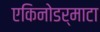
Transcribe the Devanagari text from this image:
एकिनोडर्माटा